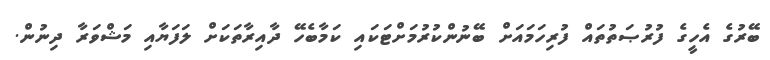
ބޭރުގެ އެހީގެ ފުރުޞަތުތައް ފުރިހަމައަށް ބޭނުންކުރުމަށްޓަކައި ކަމާބެހޭ ދާއިރާތަކަށް ލަފަޔާއި މަޝްވަރާ ދިނުން.